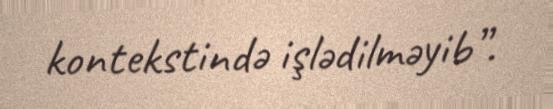
kontekstində işlədilməyib”.